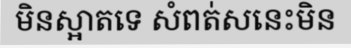
មិនស្អាតទេ សំពត់សនេះមិន